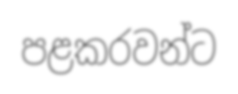
පළකරවන්ට